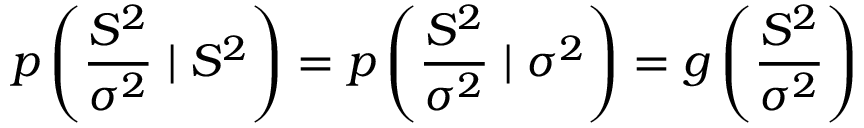
p \left( { \frac { S ^ { 2 } } { \sigma ^ { 2 } } } \mid S ^ { 2 } \right) = p \left( { \frac { S ^ { 2 } } { \sigma ^ { 2 } } } \mid \sigma ^ { 2 } \right) = g \left( { \frac { S ^ { 2 } } { \sigma ^ { 2 } } } \right)